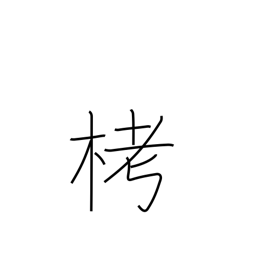
Meaning: cloth woven from tree fibres